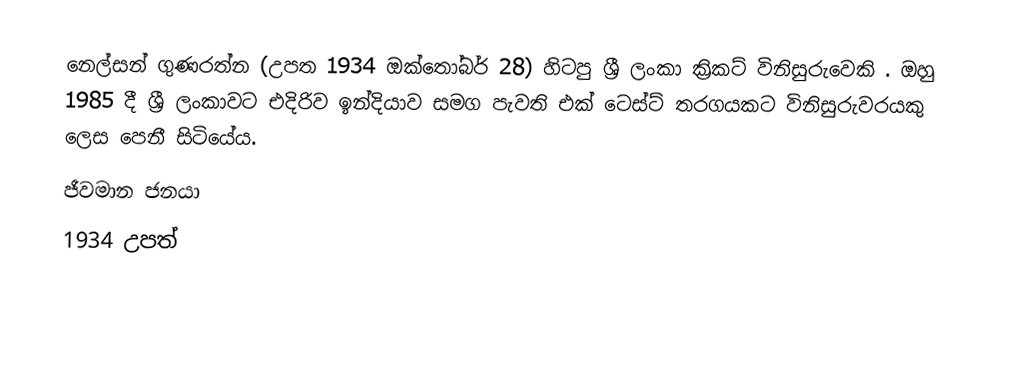
නෙල්සන් ගුණරත්න (උපත 1934 ඔක්තෝබර් 28) හිටපු ශ්‍රී ලංකා ක්‍රිකට් විනිසුරුවෙකි . ඔහු 1985 දී ශ්‍රී ලංකාවට එදිරිව ඉන්දියාව සමග පැවති එක් ටෙස්ට් තරගයකට විනිසුරුවරයකු ලෙස පෙනී සිටියේය.
ජීවමාන ජනයා
1934 උපත්